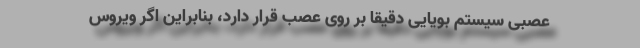
عصبی سیستم بویایی دقیقا بر روی عصب قرار دارد، بنابراین اگر ویروس